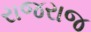
રાજરાજ